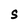
Character: S